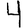
Digit: 4